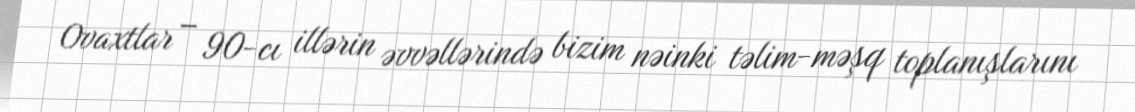
Ovaxtlar – 90-cı illərin əvvəllərində bizim nəinki təlim-məşq toplanışlarını